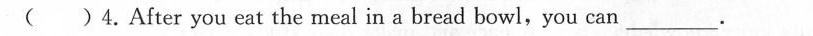
( )4.After you eat the meal in a bread bowl,you can ___